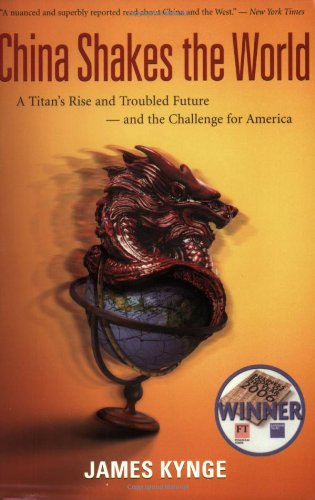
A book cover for China Shakes the World: A Titan's Rise and Troubled Future -- and the Challenge for America; James Kynge; Business & Money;